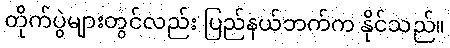
တိုက်ပွဲများတွင်လည်း ပြည်နယ်ဘက်က နိုင်သည်။